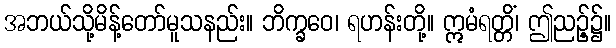
အဘယ်သို့မိန့်တော်မူသနည်း။ ဘိက္ခဝေ၊ ရဟန်းတို့။ ဣမံရတ္တိံ၊ ဤညဉ့်၌။